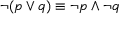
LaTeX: \neg ( p \vee q ) \equiv \neg p \wedge \neg q